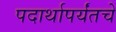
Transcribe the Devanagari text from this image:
पदार्थापर्यंतचे